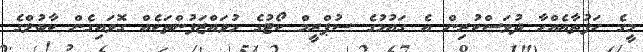
މީގެ ހަފުތާއެއްހާ ދުވަސްކުރިން އެ ގައުމުގެ ސުޕްރީމް ކޯޓުގެ މުވައްޒަފުންތަކެއް ގޮވައިގެން ކާބުލްގެ